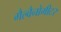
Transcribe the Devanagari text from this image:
गैल्वैनोमीटर